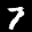
Label: 7